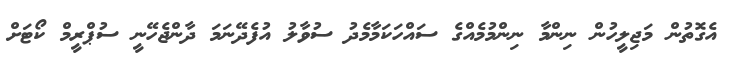
އެގޮތުން މަޖިލީހުން ނިންމާ ނިންމުމެއްގެ ސައްހަކަމާމެދު ސުވާލު އުފެދޭނަމަ ދާންޖެހޭނީ ސުޕްރީމް ކޯޓަށް